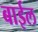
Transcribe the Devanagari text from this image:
बाईल